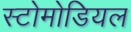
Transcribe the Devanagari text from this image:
स्टोमोडियल